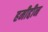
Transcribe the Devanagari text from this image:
हमीद्दीन